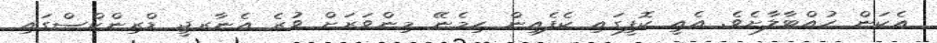
އެކަން ހުއްޓާލާށެވެ. އެއީ ކޮފީގައި ކެފެއިން ހިމެނޭ މިންވަރަށް ވުރެ އެނާރޖީ ޑްރިންކްސްގައި